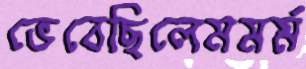
ভেবেছিলেমমর্ম